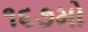
૧૬૭મો